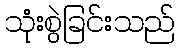
သုံးစွဲခြင်းသည်